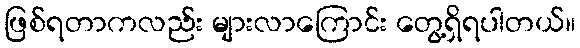
ဖြစ်ရတာကလည်း များလာကြောင်း တွေ့ရှိရပါတယ်။